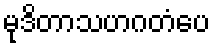
မုဒိတာသဟဂတံပေ